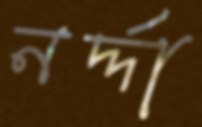
নর্দ্দা